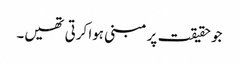
جو حقیقت پر مبنی ہوا کرتی تھیں۔